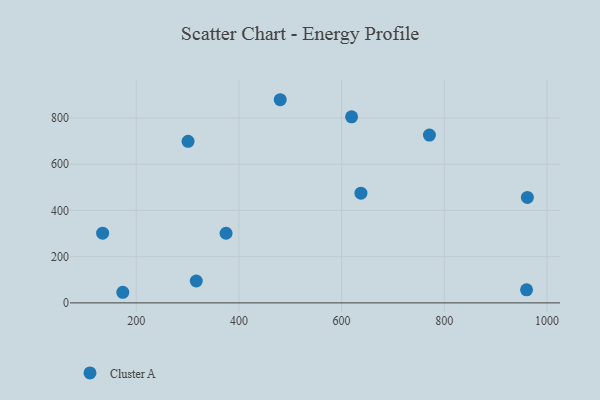
{"axis": {"x": "Price", "y": "Demand"}, "legend": ["Cluster A"], "data": [{"x": "771.0", "y": 726.0, "type": "Cluster A"}, {"x": "637.6", "y": 474.5, "type": "Cluster A"}, {"x": "300.9", "y": 699.0, "type": "Cluster A"}, {"x": "374.9", "y": 301.2, "type": "Cluster A"}, {"x": "960.2", "y": 56.7, "type": "Cluster A"}, {"x": "316.9", "y": 94.7, "type": "Cluster A"}, {"x": "480.4", "y": 879.0, "type": "Cluster A"}, {"x": "961.8", "y": 456.4, "type": "Cluster A"}, {"x": "619.4", "y": 805.0, "type": "Cluster A"}, {"x": "173.8", "y": 45.9, "type": "Cluster A"}, {"x": "134.5", "y": 301.4, "type": "Cluster A"}]}